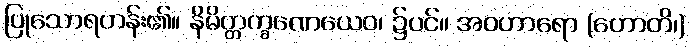
ပြုသောရဟန်း၏။ နိမိတ္တက္ခဏေယေဝ၊ ၌ပင်။ အဝဟာရော (ဟောတိ၊)